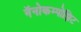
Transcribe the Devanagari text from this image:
नॅनोकम्पोझिट